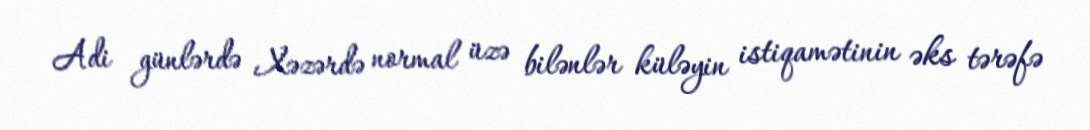
Adi günlərdə Xəzərdə normal üzə bilənlər küləyin istiqamətinin əks tərəfə